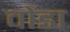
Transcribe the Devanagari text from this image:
वोंडा